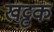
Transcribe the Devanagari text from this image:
खट्टक